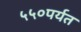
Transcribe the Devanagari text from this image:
५५०पर्यत